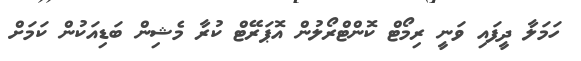
ހަމަލާ ދީފައި ވަނީ ރިމޯޓް ކޮންޓްރޯލުން އޮޕަރޭޓް ކުރާ މެޝިން ބަޑިއަކުން ކަމަށް